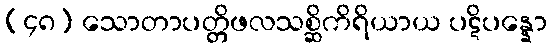
(၄၈) သောတာပတ္တိဖလသစ္ဆိကိရိယာယ ပဋိပန္နော